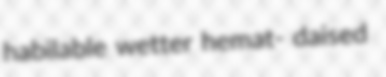
habilable wetter hemat- daised